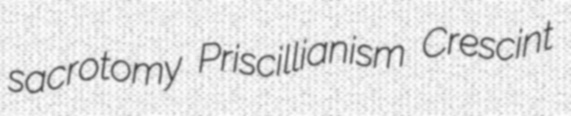
sacrotomy Priscillianism Crescint